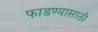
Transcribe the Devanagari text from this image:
फाडण्यासाठी